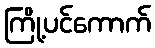
ကြို့ပင်ကောက်